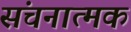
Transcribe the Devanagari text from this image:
संचनात्‍मक